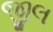
જીલ